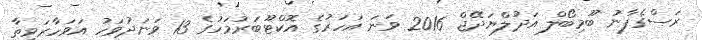
ރަސްގެފާނު ބޫމިބޯލް އަދުލްޔަދޭޖް 2016 ވަނަ އަހަރުގެ އޮކްޓޫބަރުމަހުގެ 13 ވަނަދުވަހު އަވަހާރަވިތާ